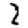
Digit: 2